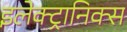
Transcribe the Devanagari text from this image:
इलेक्‍ट्रानिक्स